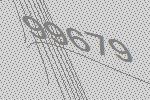
99679